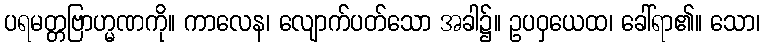
ပရမတ္တဗြာဟ္မဏကို။ ကာလေန၊ လျောက်ပတ်သော အခါ၌။ ဥပဝှယေထ၊ ခေါ်ရာ၏။ သော၊